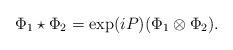
LaTeX: \begin{align*}\Phi_1\star\Phi_2= \exp(iP)(\Phi_1\otimes\Phi_2).\end{align*}